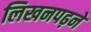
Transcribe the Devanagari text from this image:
लिखनपढ़ने